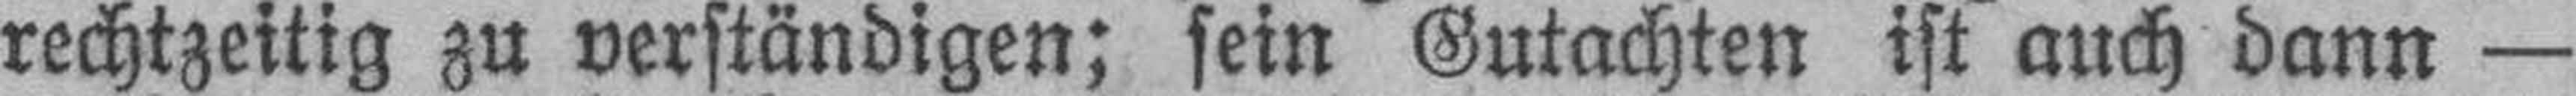
rechtzeitig zu verständigen; sein Gutachten ist auch dann —